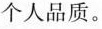
个人品质。